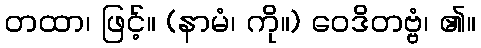
တထာ၊ ဖြင့်။ (နာမံ၊ ကို။) ဝေဒိတဗ္ဗံ၊ ၏။